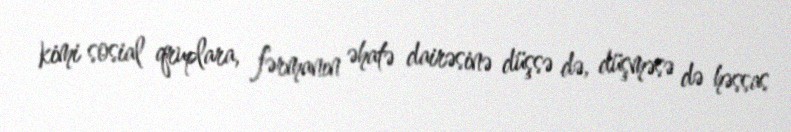
kimi sosial qruplara, fərmanın əhatə dairəsinə düşsə də, düşməsə də həssas